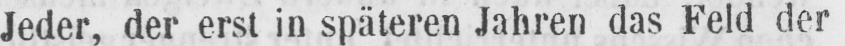
Jeder, der erst in späteren Jahren das Feld der